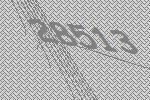
28513